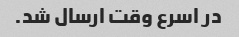
در اسرع وقت ارسال شد.